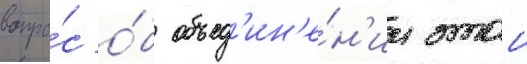
вопро́с о́б объед'ин'е́н'ии этои